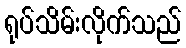
ရုပ်သိမ်းလိုက်သည်